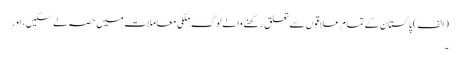
(الف) پاکستان کے تمام علاقوں سے تعلق رکھنے والے لوگ ملکی معاملات میں حصہ لے سکیں، اور
۔